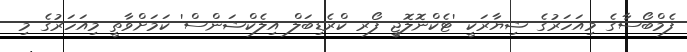
ފެމްބޯސާގެ މިއަހަރުގެ ޝިޔާރަކީ 'ޓެކްނޮލޮޖީ ފޯރ ކްރެޑިބަލް އިލެކްޝަންސް' ކަމަށްވާތީ މިއަހަރުގެ މި